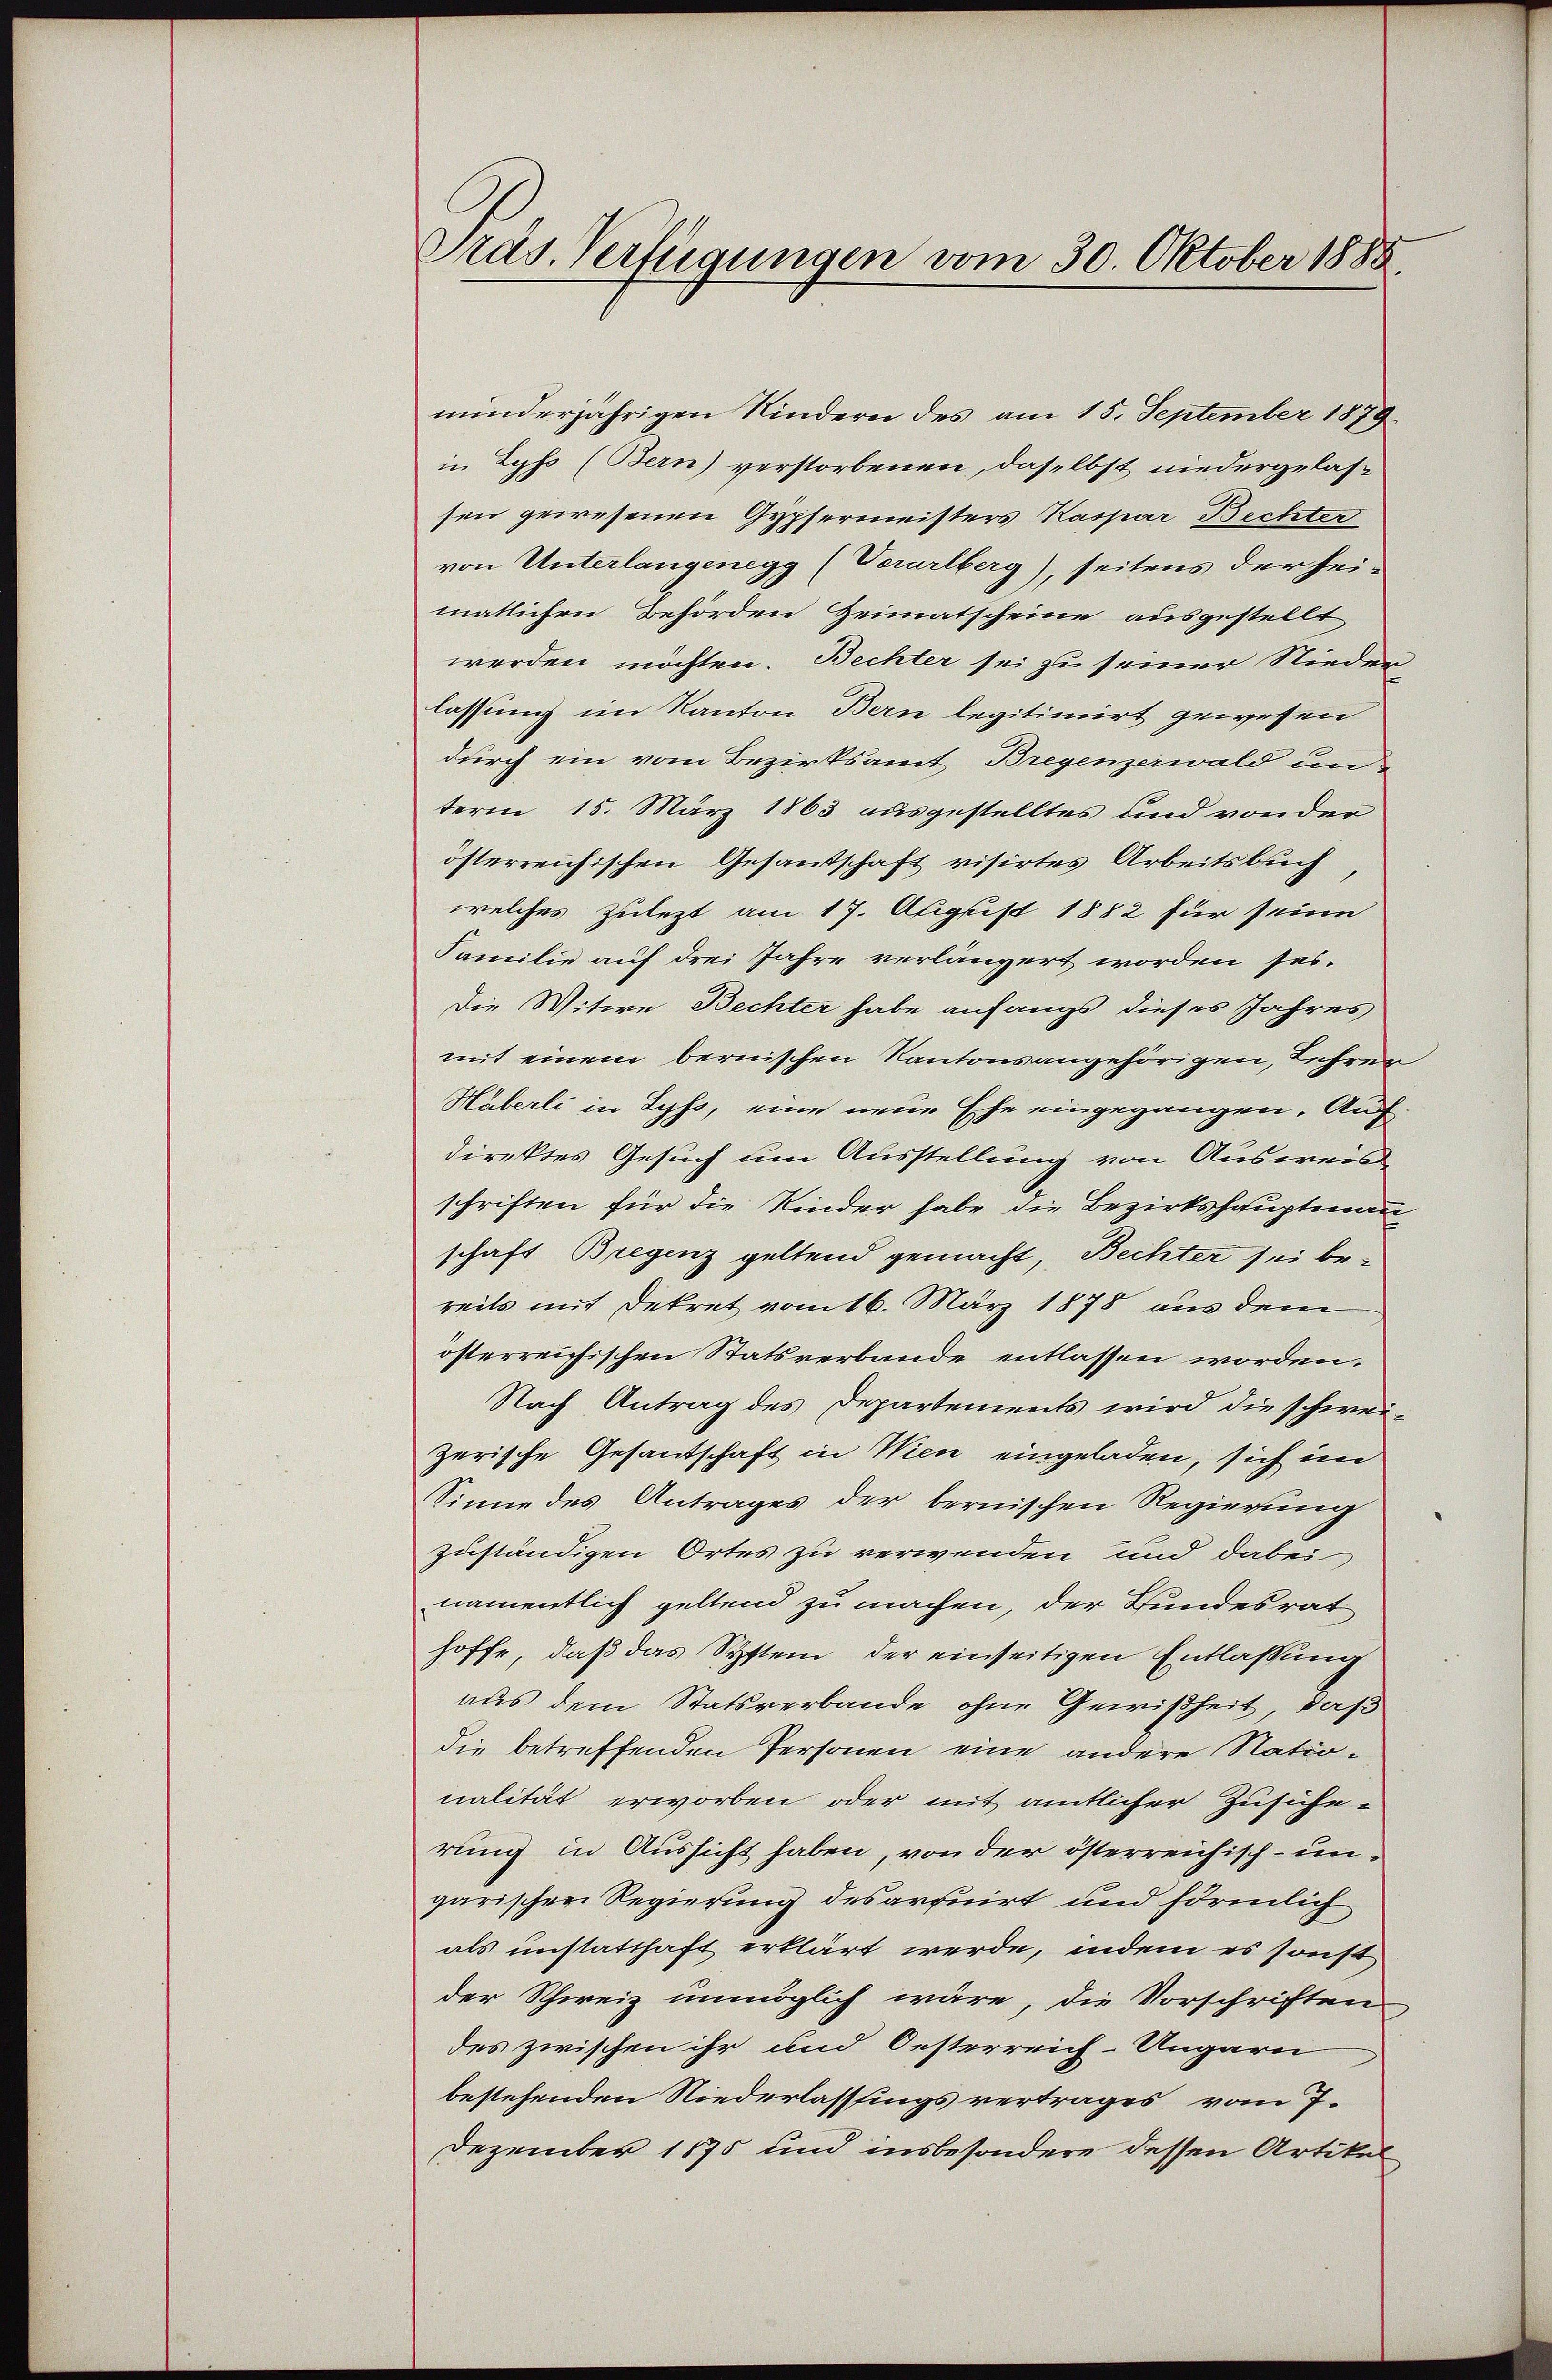
Präs. Verfügungen vom 30. Oktober 1888

minderjährigen Kindern des am 15. September 1879
in Lyss (Bern) verstorbenen, daselbst niedergelassen gewesenen Gypfermeisters Kaspar Bechter
von Unterlangenegg (Verarlberg), seitens der heimatlichen Behörden Heimatscheine ausgestellt
werden möchten. Bechter sei zu seiner Nieder
lassung im Kanton Bern legitimirt gewesen
durch ein vom Bezirksamt Bregenzerwald un-
term 15. März 1863 ausgestelltes und von der
österreichischen Gesandschaft visirtes Arbeitsbuch
welches Zulezt am 17. August 1882 für seine
Familie auf drei Jahre verlängert worden sei.
Die Witwe Bechter habe anfangs dieses Jahres
mit einem bernischen Kantonsangehörigen, Lehrer
Häberli in Lyss, eine neue Ehe eingegangen. Auch
direktes Gesuch um Ausstellung von Ausweis
schriften für die Kinder habe die Bezirkshauptmann
schaft Bregenz geltend gemacht, Bechter sei bereits mit Dekret vom 16. März 1878 aus dem
österreichischen Statsverbande entlassen worden.
Nach Antrag des Departements wird die schweizerische Gesantschaft in Wien eingeladen, sich im
Sinne des Antrages der bernischen Regierung
zuständigen Ortes zu verwenden und dabei
namentlich geltend zu machen, der Bundesrat
hoffe, daß das System, der einseitigen Entlassung
aus dem Statsverbande ohne Gewißheit, daß
die betreffenden Personen eine andere Nationalität erworben oder mit amtlicher Zusiche-
rung in Aussicht haben, von der österreichisch-ungarischen Regierung des arquirt und förmlich
als unstatthaft erklärt werde, indem es sonst
der Schweiz unmöglich wäre, die Vorschriften,
des zwischen ihr und Oesterreich-Ungarn
bestehenden Niederlassungsvertrages vom 7.
Dezember 1875 und insbesondere dessen Artikel